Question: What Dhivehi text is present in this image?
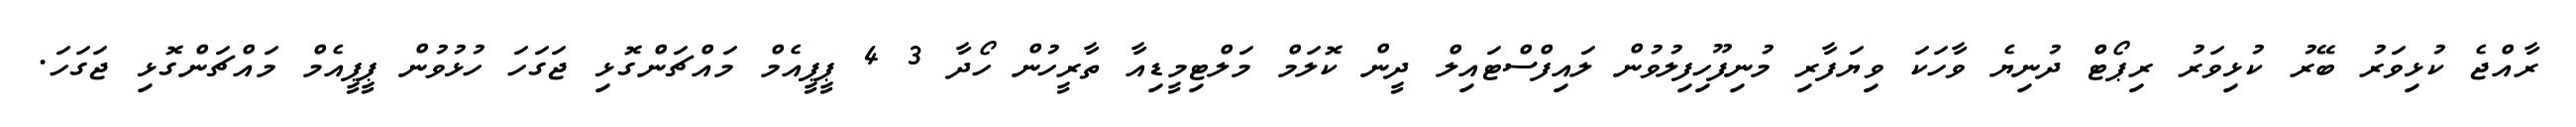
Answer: ރާއްޖެ ކުޅިވަރު ބޭރު ކުޅިވަރު ރިޕޯޓް ދުނިޔެ ވާހަކަ ވިޔަފާރި މުނިފޫހިފިލުވުން ލައިފްސްޓައިލް ދީން ކޮލަމް މަލްޓިމީޑިއާ ތާރީހުން ހޯދާ 3 4 ޕީޕީއެމް މައްޗަންގޮޅި ޖަގަހަ ހުޅުވުން ޕީޕީއެމް މައްޗަންގޮޅި ޖަގަހަ.